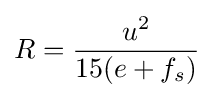
R={\frac {u^{2}}{15(e+f_{s})}}